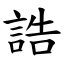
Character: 誥